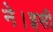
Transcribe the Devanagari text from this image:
ने।इसी